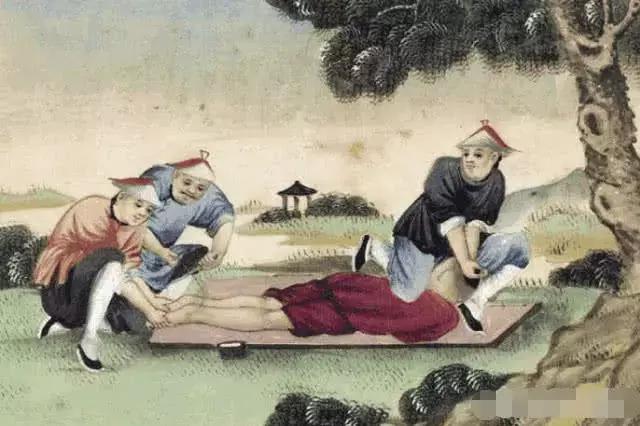
刑当罪则威，不当罪则侮